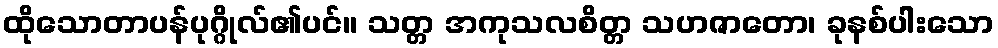
ထိုသောတာပန်ပုဂ္ဂိုလ်၏ပင်။ သတ္တ အကုသလစိတ္တ သဟဇာတော၊ ခုနစ်ပါးသော